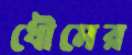
ধৌমের